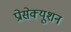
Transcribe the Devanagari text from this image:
प्रोसेक्यूशन